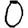
Digit: 0